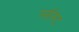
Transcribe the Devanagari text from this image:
ग्लॉस्ट